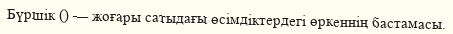
Бүршік () — жоғары сатыдағы өсімдіктердегі өркеннің бастамасы.